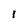
Character: I